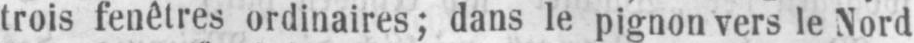
trois fenêtres ordinaires; dans le pignon vers le Nord